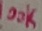
Text: 100K